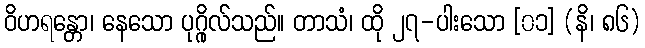
ဝိဟရန္တော၊ နေသော ပုဂ္ဂိုလ်သည်။ တာသံ၊ ထို ၂၇-ပါးသော [၀၁] (နိ၊ ၈၆)